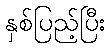
နှစ်ပြည့်ပြီး